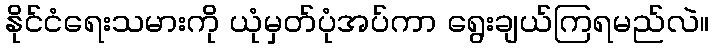
နိုင်ငံရေးသမားကို ယုံမှတ်ပုံအပ်ကာ ရွေးချယ်ကြရမည်လဲ။